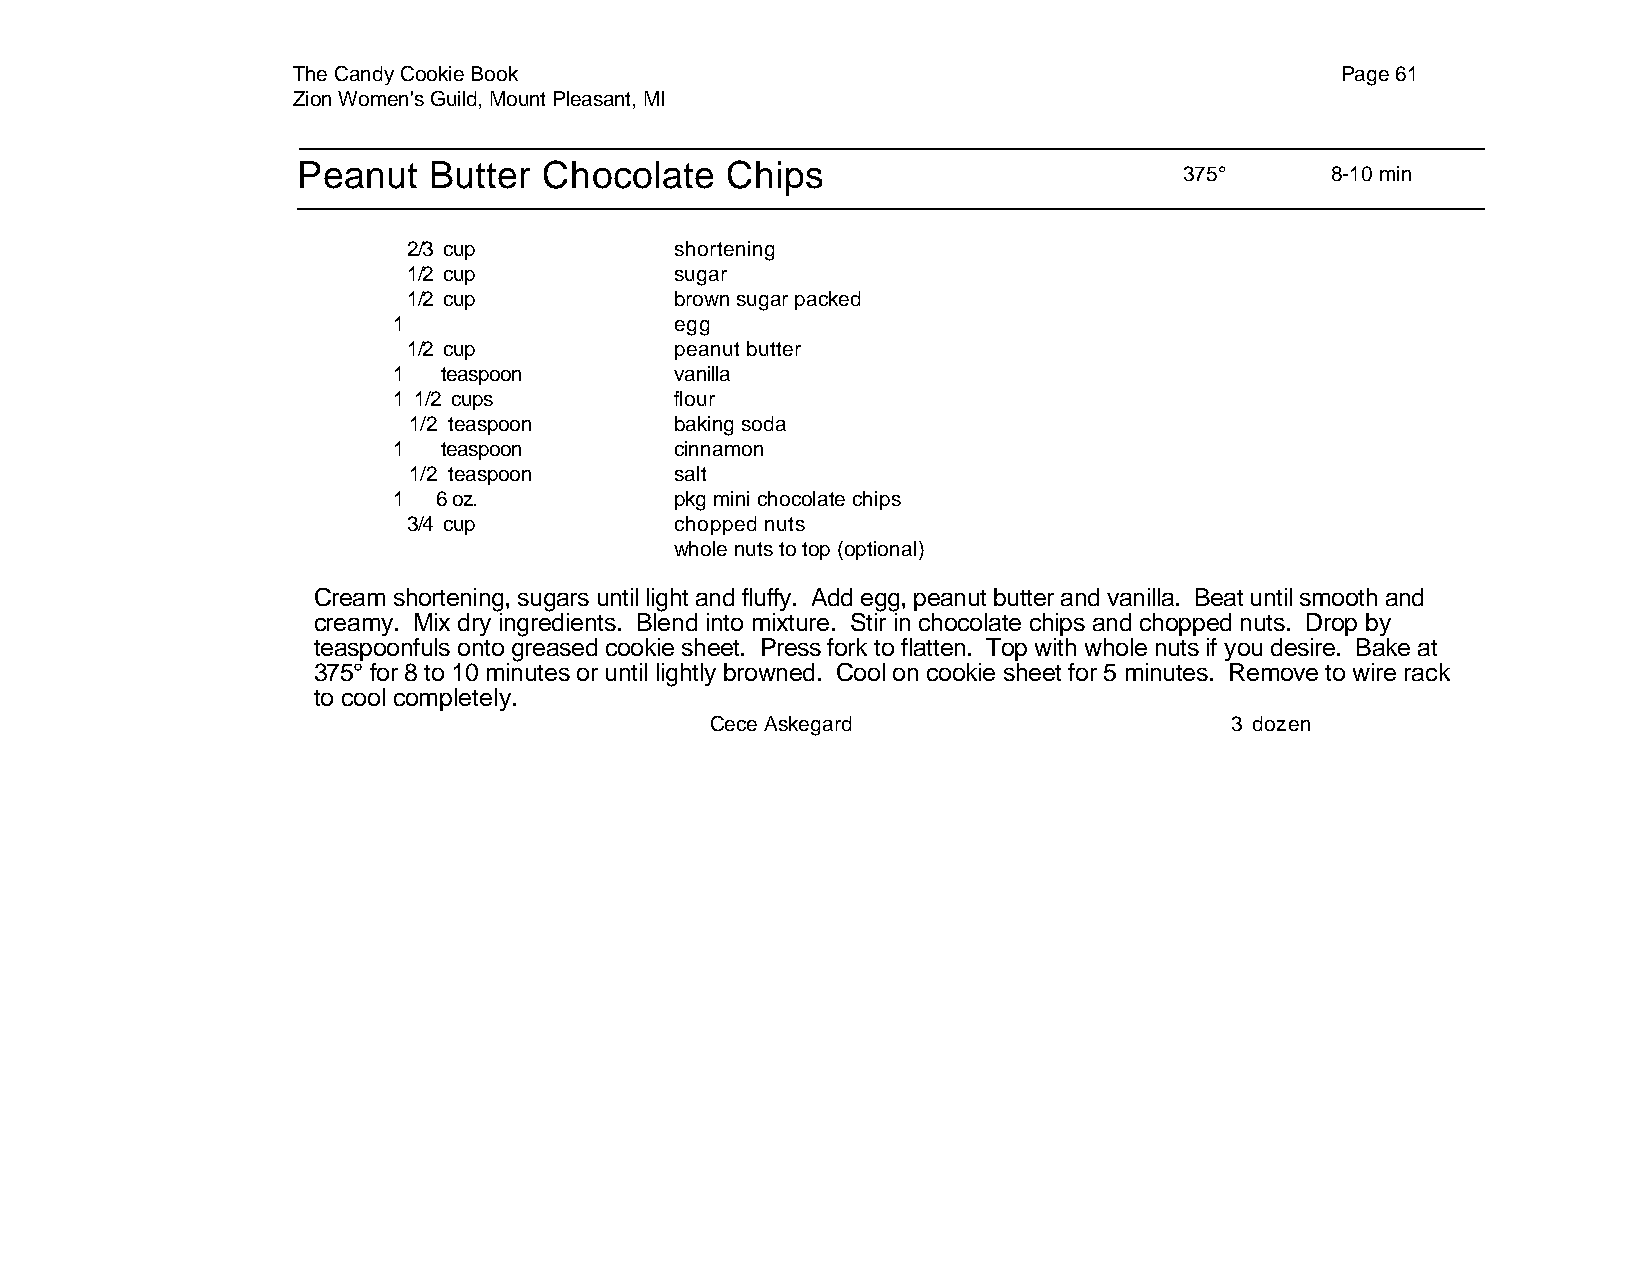
The Candy Cookie Book                                                 Page 61
 Zion Women's Guild, Mount Pleasant, MI
 Peanut  Butter  Chocolate   Chips
 375°      8-10 min
 2/3 cup           shortening
 1/2 cup           sugar
 1/2 cup           brown sugar packed
 1                  egg
 1/2 cup           peanut butter
 1  teaspoon        vanilla
 1 1/2 cups         flour
 1/2 teaspoon      baking soda
 1  teaspoon        cinnamon
 1/2 teaspoon      salt
 1  6 oz.           pkg mini chocolate chips
 3/4 cup           chopped nuts
 whole nuts to top (optional)
 Cream shortening, sugars until light and fluffy. Add egg, peanut butter and vanilla. Beat until smooth and
 creamy. Mix dry ingredients. Blend into mixture. Stir in chocolate chips and chopped nuts. Drop by
 teaspoonfuls onto greased cookie sheet. Press fork to flatten. Top with whole nuts if you desire. Bake at
 375° for 8 to 10 minutes or until lightly browned. Cool on cookie sheet for 5 minutes. Remove to wire rack
 to cool completely.
 Cece Askegard                     3 dozen